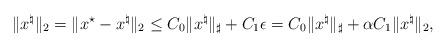
LaTeX: \begin{align*}\|x^\natural\|_2=\|x^\star-x^\natural\|_2\leq C_0\|x^\natural\|_\sharp+C_1\epsilon=C_0\|x^\natural\|_\sharp+\alpha C_1\|x^\natural\|_2,\end{align*}